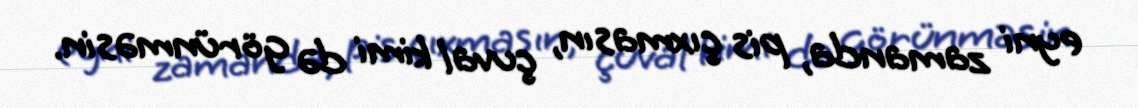
eyni zamanda, pis çıxmasın, çuval kimi də görünməsin.